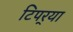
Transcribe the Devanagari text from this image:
टिपर्‍या